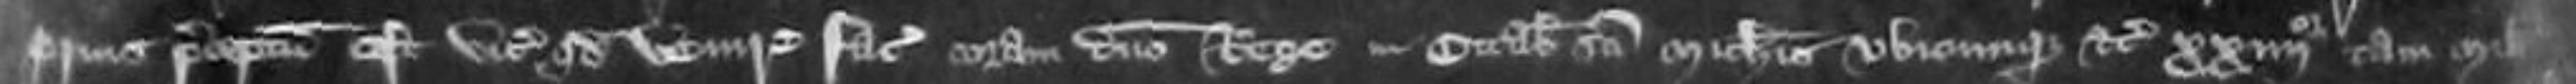
prius preceptus est vicecomiti quod venire faciat coram domini rege in Octabis Sancti Michaelis ubicumque etc xxiiii tam milites